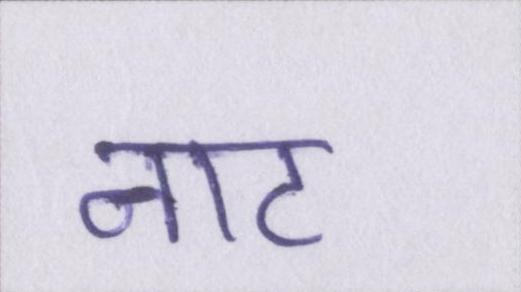
नाट